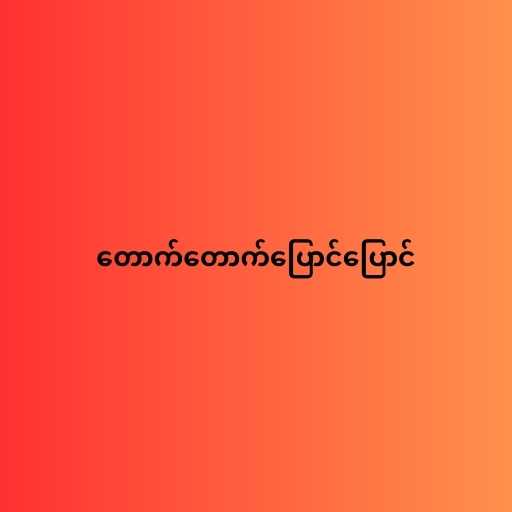
တောက်တောက်ပြောင်ပြောင်